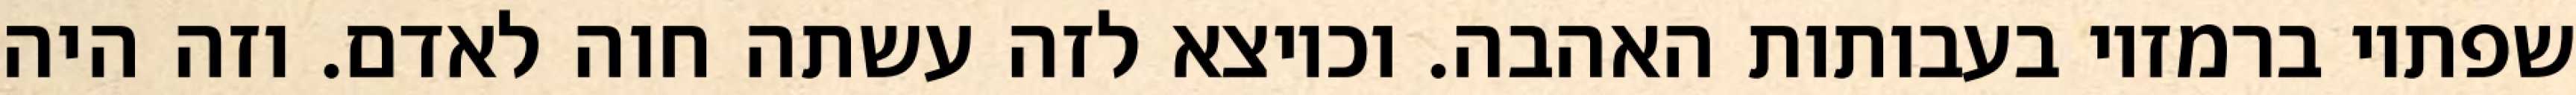
שפתיו ברמזיו בעבותות האהבה. וכיוצא לזה עשתה חוה לאדם. וזה היה